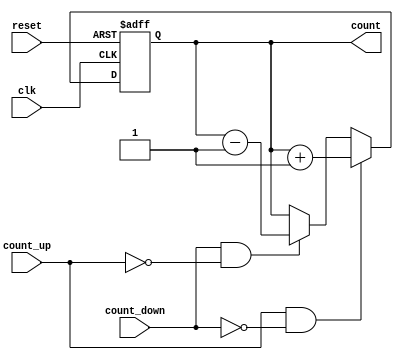
module ChainedParallelCounter (
    input wire clk,          // Clock signal
    input wire reset,        // Asynchronous reset signal
    input wire count_up,     // Control signal for counting up
    input wire count_down,   // Control signal for counting down
    output reg [3:0] count   // 4-bit counter output
);

    // Asynchronous reset
    always @(posedge clk or posedge reset) begin
        if (reset) begin
            count <= 4'b0000; // Reset counter to 0
        end else begin
            if (count_up && !count_down) begin
                count <= count + 1; // Increment counter
            end else if (count_down && !count_up) begin
                count <= count - 1; // Decrement counter
            end
            // If both count_up and count_down are high, do nothing (hold state)
        end
    end

endmodule